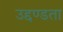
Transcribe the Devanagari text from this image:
उद्दण्डता